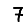
Digit: 7